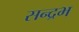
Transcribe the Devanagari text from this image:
सन्द्रभ